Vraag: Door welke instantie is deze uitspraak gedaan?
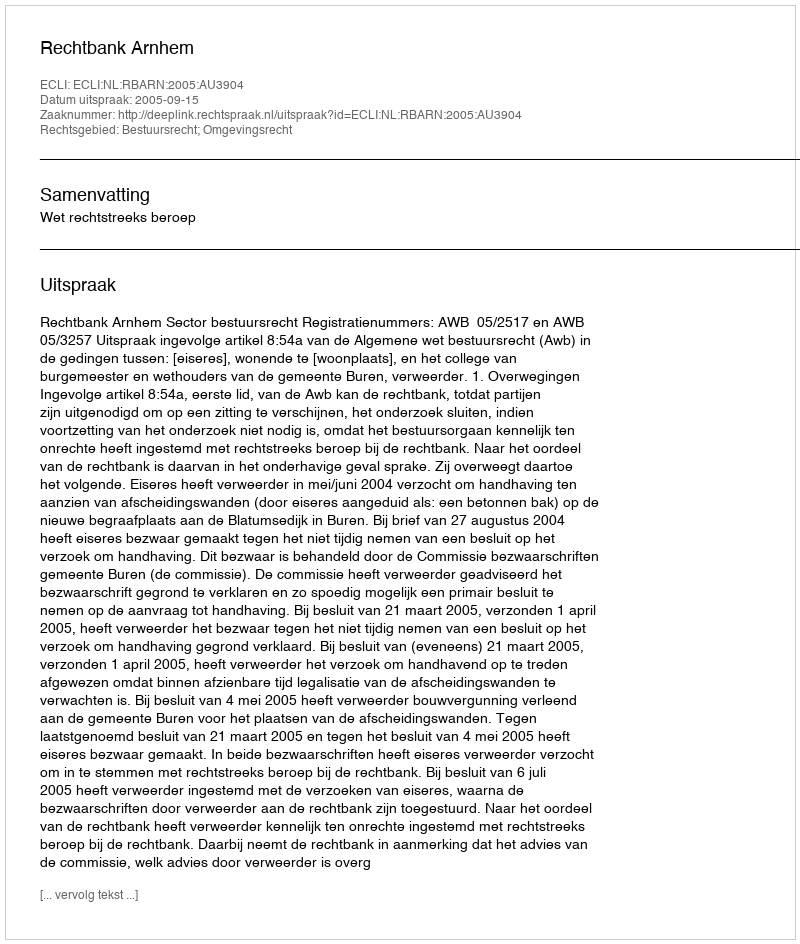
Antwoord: Rechtbank Arnhem